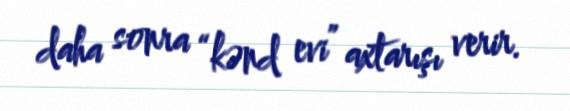
daha sonra “kənd evi” axtarışı verir.